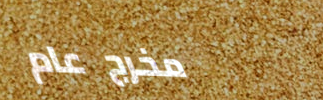
مخرج عام